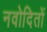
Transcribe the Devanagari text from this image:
नवोदितों